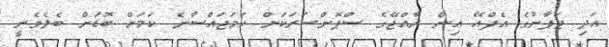
އަދި ޖަޕާނުގެ އެފްއޭ އިން ރާއްޖޭގެ ސްޕޮންސަރަކަށް ހަމަޖައްސާނެ ކަމަށް ބޮޑަށް ބެލެވެނީ